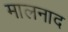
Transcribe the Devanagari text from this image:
मालनाद